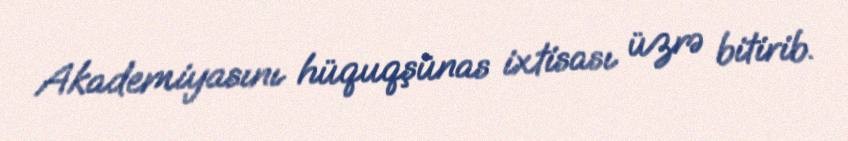
Akademiyasını hüquqşünas ixtisası üzrə bitirib.